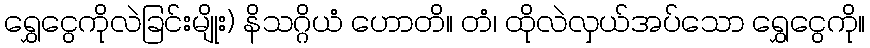
ရွှေငွေကိုလဲခြင်းမျိုး) နိသဂ္ဂိယံ ဟောတိ။ တံ၊ ထိုလဲလှယ်အပ်သော ရွှေငွေကို။